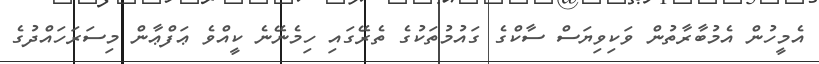
އެމީހުން އެމުބާރާތުން ވަކިވިޔަސް ސާކްގެ ގައުމުތަކުގެ ތެރޭގައި ހިމެނޭނެ ކީއްވެ ޢަފްޢާން މިސަރަހައްދުގެ